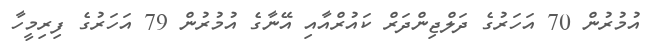
އުމުރުން 70 އަހަރުގެ ދަލްޖިންދަރް ކައުރްއާއި އޭނާގެ އުމުރުން 79 އަހަރުގެ ފިރިމީހާ